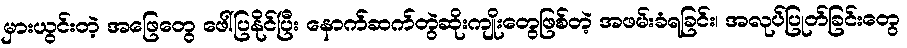
မှားယွင်းတဲ့ အဖြေတွေ ဖေါ်ပြနိုင်ပြီး နောက်ဆက်တွဲဆိုးကျိုးတွေဖြစ်တဲ့ အဖမ်းခံရခြင်း၊ အလုပ်ပြုတ်ခြင်းတွေ